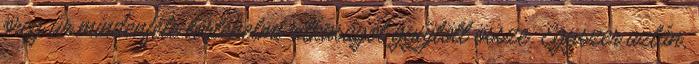
öreg úr mindenféle történelmi ritkaságot gyűjtött össze. Egyszer aztán,